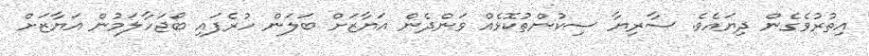
އިތުރުވެގެން ދިޔައެވެ. ސާރިޔާ ސިކުންތުކޮޅެއް ވަންދެން އަޔާޒަށް ބަލަން ހުރެފައި ބޯޖަހާލަމުން އަޔާޒަށް